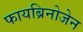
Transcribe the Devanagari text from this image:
फायब्रिनोजेन